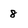
Character: 8